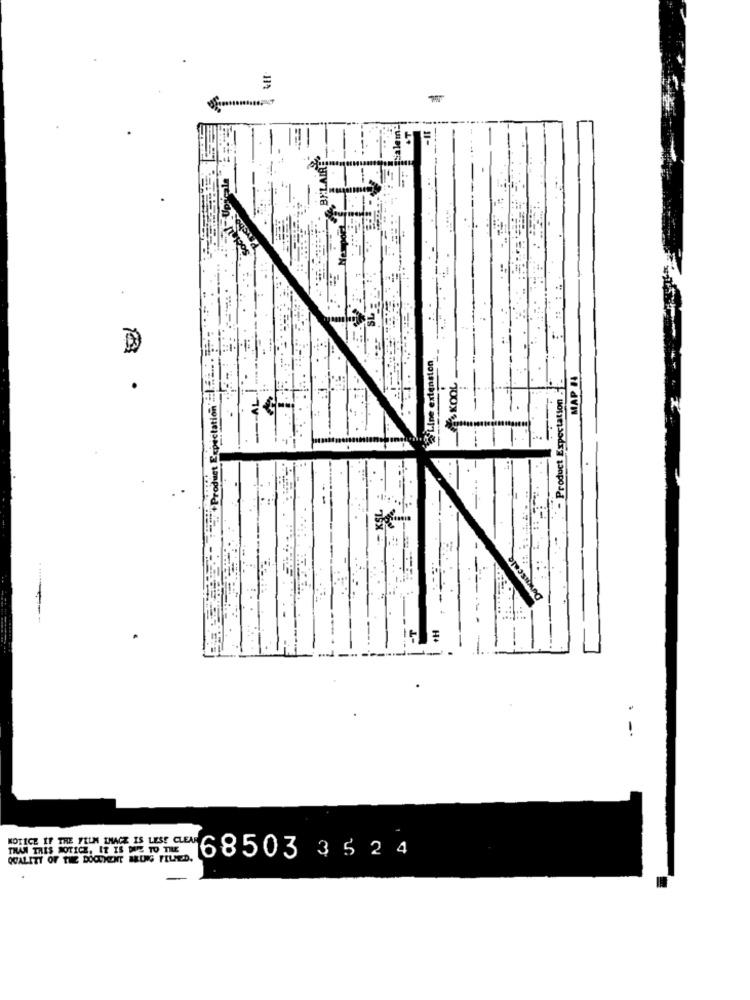
112
BELAIRE
extension
MAP 14
station
- Product Expe
THAN THIS NOTICE, IT IS ME TO TILE
QUALITY OF THE DOCUMENT BEING FILLED.
NOTICE IF TRE FELN DHACE IS LESE CEM6 8 503
3 5 24